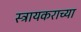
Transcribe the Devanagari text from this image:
स्ट्रायकराच्या